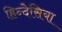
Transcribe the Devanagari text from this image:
हिन्देसिया